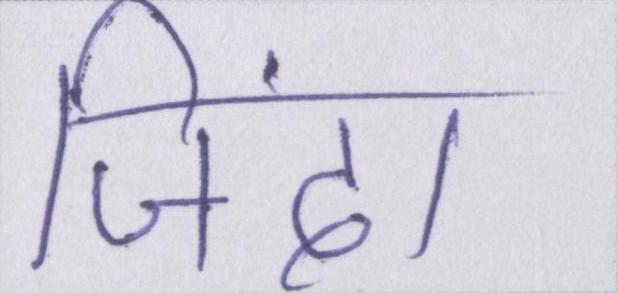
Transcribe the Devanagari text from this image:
जिंदा